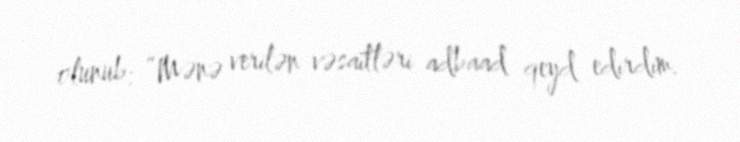
olunub: “Mənə verilən vəsaitləri adbaad qeyd edirdim.